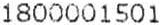
1800001501